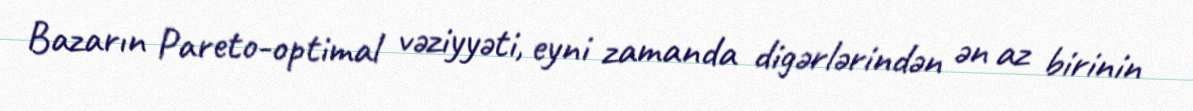
Bazarın Pareto-optimal vəziyyəti, eyni zamanda digərlərindən ən az birinin